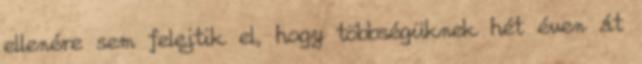
ellenére sem felejtik el, hogy többségüknek hét éven át